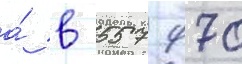
а́ в 557 970